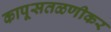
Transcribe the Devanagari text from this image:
कापूसतळणीकर